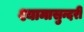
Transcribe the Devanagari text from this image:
श्यामासुन्दरी